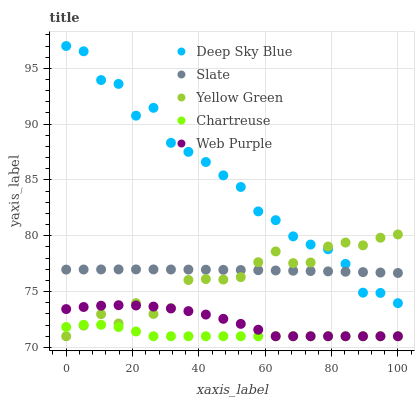
| xaxis_label | Deep Sky Blue | Slate | Yellow Green | Chartreuse | Web Purple |
 | --- | --- | --- | --- | --- | --- |
 | 0 | 97 | 77 | 71 | 71.8 | 73.4 |
 | 5.26 | 96.5 | 77 | 72 | 72 | 73.6 |
 | 10.5 | 93.9 | 77 | 73 | 72 | 73.7 |
 | 15.8 | 93.6 | 77 | 72.1 | 71.8 | 73.8 |
 | 21.1 | 90.8 | 77 | 74 | 71.4 | 73.8 |
 | 26.3 | 91.5 | 77 | 73 | 71 | 73.7 |
 | 31.6 | 88.3 | 77 | 73.5 | 71 | 73.5 |
 | 36.8 | 87.5 | 77 | 76 | 71 | 73.3 |
 | 42.1 | 86.6 | 77 | 76.1 | 71 | 72.9 |
 | 47.4 | 85.4 | 76.9 | 76.1 | 71 | 72.6 |
 | 52.6 | 84.4 | 76.9 | 76.3 | 71 | 72.1 |
 | 57.9 | 82.2 | 76.9 | 77.6 | 71 | 71.6 |
 | 63.2 | 81.4 | 76.9 | 78.6 | 71 | 71 |
 | 68.4 | 79.9 | 76.9 | 77.6 | 71 | 71 |
 | 73.7 | 79.2 | 76.8 | 77.6 | 71 | 71 |
 | 78.9 | 78.8 | 76.8 | 79 | 71 | 71 |
 | 84.2 | 77.5 | 76.8 | 79.4 | 71 | 71 |
 | 89.5 | 74.9 | 76.7 | 79.1 | 71 | 71 |
 | 94.7 | 74.9 | 76.7 | 79.8 | 71 | 71 |
 | 100 | 74 | 76.7 | 80.1 | 71 | 71 |